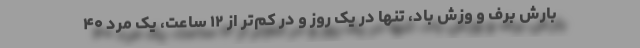
بارش برف و وزش باد، تنها در یک روز و در کم‌تر از ۱۲ ساعت، یک مرد ۴۰